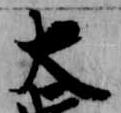
大